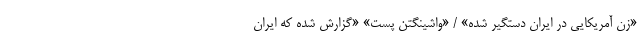
«زن آمریکایی در ایران دستگیر شده» / «واشینگتن پست» «گزارش شده که ایران